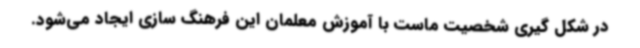
در شکل گیری شخصیت ماست با آموزش معلمان این فرهنگ سازی ایجاد می‌شود.